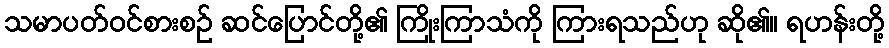
သမာပတ်ဝင်စားစဉ် ဆင်ပြောင်တို့၏ ကြိုးကြာသံကို ကြားရသည်ဟု ဆို၏။ ရဟန်းတို့